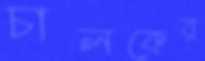
চালকের